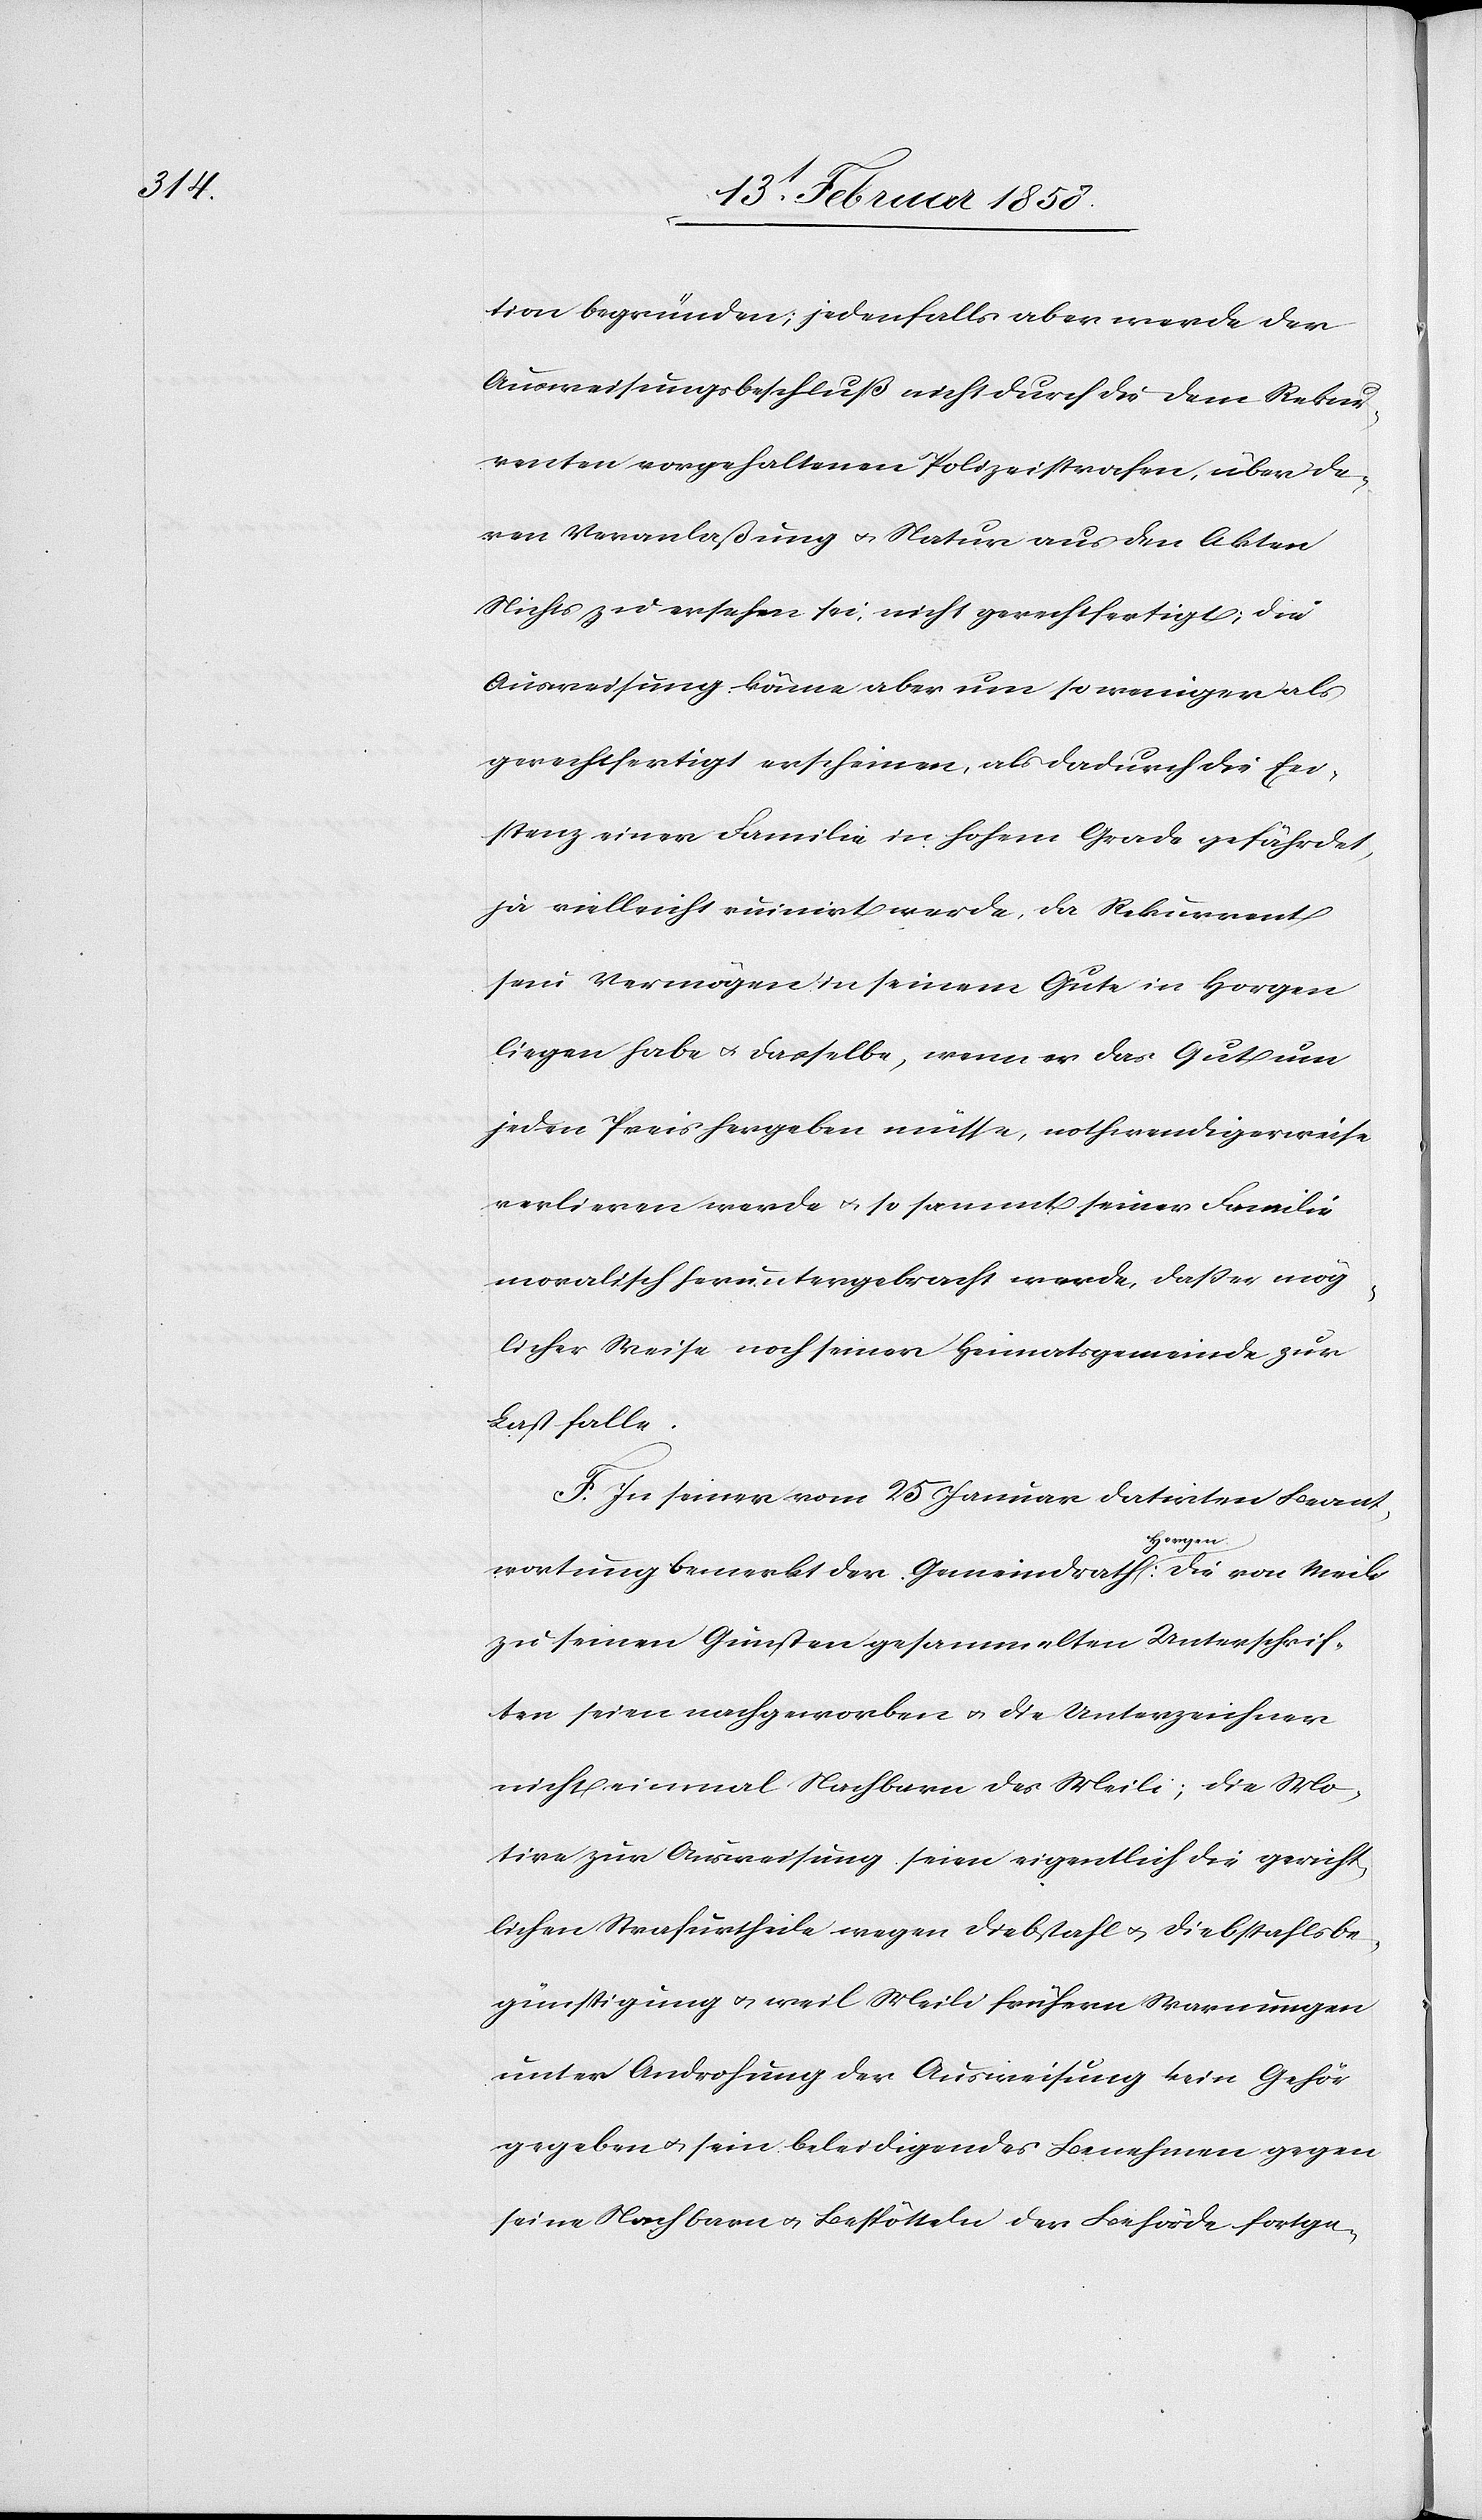
tion begründen; jedenfalls aber werde der
Ausweisungsbeschluß nicht durch die dem Rekur¬
renten vorgehaltenen Polizeistrafen, über de¬
ren Veranlaßung u. Natur aus den Akten
Nichts zu ersehen sei, nicht gerechtfertigt; die
Ausweisung könne aber um so weniger als
gerechtfertigt erscheinen, als dadurch die Eci¬
stenz einer Familie in hohem Grade gefährdet,
ja vielleicht ruinirt werde, da Rekurrent
sein Vermögen in seinem Gute in Horgen
liegen habe u. dasselbe, wenn er das Gut um
jeden Preis hergeben müsse, nothwendigerweise
verlieren werde u., so sammt seiner Familie
moralisch heruntergebracht werde, daß er mög¬
licher Weise noch seiner Heimatgsgemeinde zur
Last falle.
F. In seiner vom 25 Januar datirten Beant¬
wortung bemerkt der Gemeindrath Horgen: Die von Meili
zu seinen Gunsten gesammelten Unterschrif¬
ten seien nachgeworben u. die Unterzeichner
nicht einmal Nachbarn des Meili; die Mo¬
tive zur Ausweisung seien eigentlich die gericht¬
lichen Strafurtheile wegen Diebstahl u. Diebstahlsbe¬
günstigung u. weil Meili frühern Warnungen
unter Androhung der Ausweisung kein Gehör
gegeben u. sein beleidigendes Benehmen gegen
seine Nachbarn u. Bespötteln der Behörde fortge-